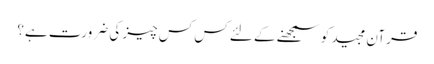
قرآن مجید کو سمجھنے کے لئے کس کس چیز کی ضرورت ہے؟